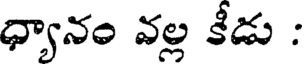
ధ్యానం వల్ల కీడు :